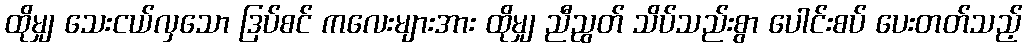
ထိုမျှ သေးငယ်လှသော ဒြပ်စင် ကလေးများအား ထိုမျှ ညီညွတ် သိပ်သည်းစွာ ပေါင်းစပ် ပေးတတ်သည့်